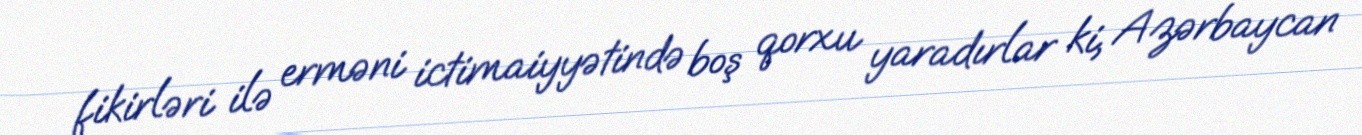
fikirləri ilə erməni ictimaiyyətində boş qorxu yaradırlar ki, Azərbaycan